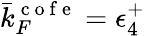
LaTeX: \bar{k}_{F}^{\mathrm{~c~o~f~e~}}=\epsilon_{4}^{+}